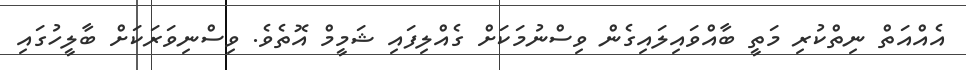
އެއްއަތް ނިތްކުރި މަތީ ބާއްވައިލައިގެން ވިސްނުމަކަށް ގެއްލިފައި ޝަމީމް އޮތެވެ. ވިސްނިވަރަކަށް ބާލީހުގައި